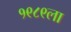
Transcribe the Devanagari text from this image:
१९८९ला